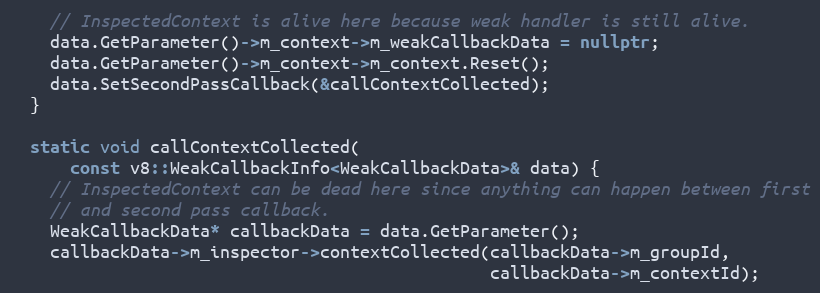
Language: C++
    // InspectedContext is alive here because weak handler is still alive.
    data.GetParameter()->m_context->m_weakCallbackData = nullptr;
    data.GetParameter()->m_context->m_context.Reset();
    data.SetSecondPassCallback(&callContextCollected);
  }

  static void callContextCollected(
      const v8::WeakCallbackInfo<WeakCallbackData>& data) {
    // InspectedContext can be dead here since anything can happen between first
    // and second pass callback.
    WeakCallbackData* callbackData = data.GetParameter();
    callbackData->m_inspector->contextCollected(callbackData->m_groupId,
                                                callbackData->m_contextId);